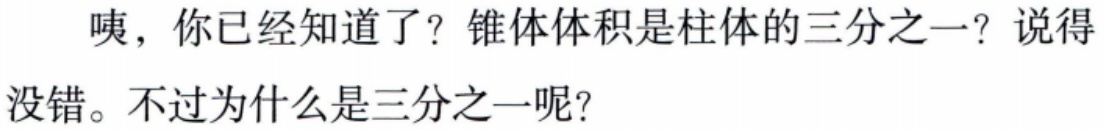
咦，你已经知道了？锥体体积是柱体的三分之一？说得没错。不过为什么是三分之一呢？